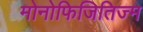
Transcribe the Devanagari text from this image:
मोनोफिजितिज्म